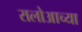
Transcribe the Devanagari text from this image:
रालोआच्या